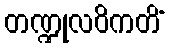
တဏ္ဍုလဝိကတိံ